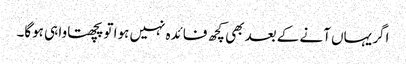
اگر یہاں آنے کے بعد بھی کچھ فائدہ نہیں ہوا تو پچھتاوا ہی ہوگا۔